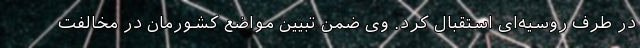
در طرف روسیه‌ای استقبال کرد. وی ضمن تبیین مواضع کشورمان در مخالفت